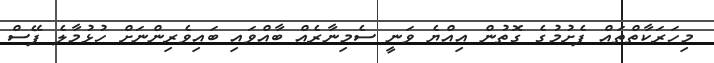
މިހަރަކާތްތައް ފެށުމުގެ ގޮތުން އިއްޔެ ވަނީ ސެމިނާރެއް ބާއްވައި ބައިވެރިންނަށް ހުޅުމާލެ ފޭސް